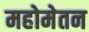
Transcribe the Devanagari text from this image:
महोमेतन